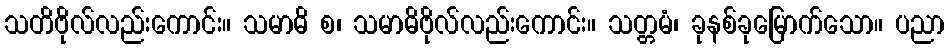
သတိဗိုလ်လည်းကောင်း။ သမာဓိ စ၊ သမာဓိဗိုလ်လည်းကောင်း။ သတ္တမံ၊ ခုနစ်ခုမြောက်သော။ ပညာ